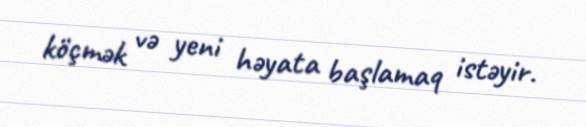
köçmək və yeni həyata başlamaq istəyir.